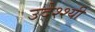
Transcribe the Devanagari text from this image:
उदेश्श्यी